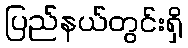
ပြည်နယ်တွင်းရှိ